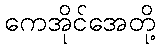
ကေအိုင်အေတို့